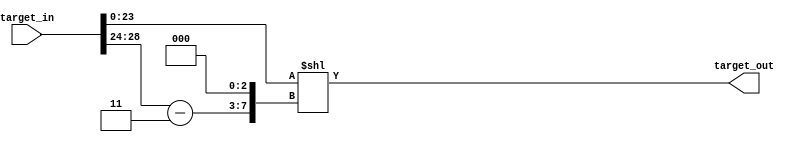
`timescale 1ns / 1ps
//////////////////////////////////////////////////////////////////////////////////
// Company: 
// Engineer: 
// 
// Design Name: 
// Module Name:    target 
// Project Name: 
// Target Devices: 
// Tool versions: 
// Description: 
//
// Dependencies: 
//
// Revision: 
// Revision 0.01 - File Created
// Additional Comments: 
//
//////////////////////////////////////////////////////////////////////////////////
module target(input [31:0] target_in, output reg [255:0] target_out);

reg [7:0] num_ending_zeroes; 
reg [23:0] significand;

always @ (*)
begin
	num_ending_zeroes = (target_in[31:24] - 2'b11) << 3;
	significand = target_in[23:0];
	target_out = significand << num_ending_zeroes;	
end

endmodule